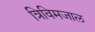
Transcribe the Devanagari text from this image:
त्रिविमजाल